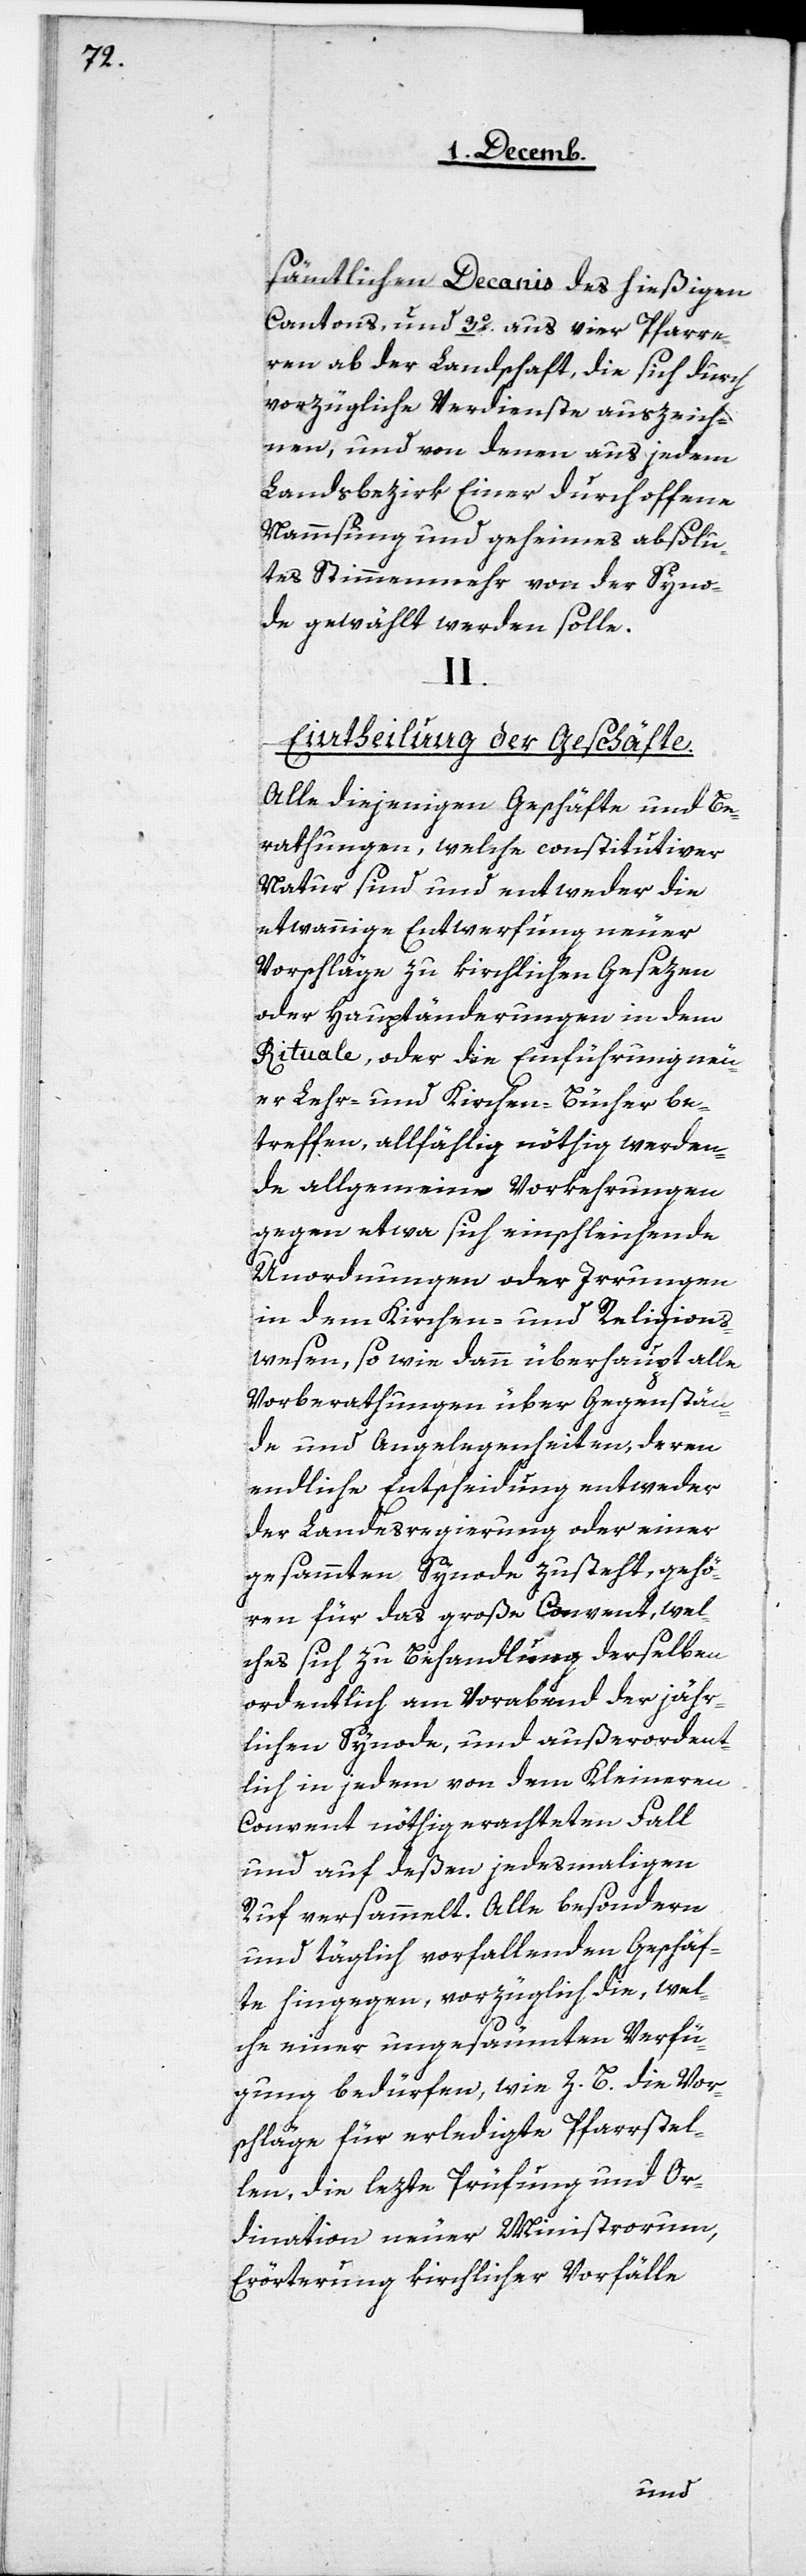
sämtlichen Decanis des hießigen
Cantons, und 3. aus vier Pfarre¬
ren ab der Landschaft, die sich durch
vorzügliche Verdienste auszeich¬
nen, und von denen aus jedem
Landsbezirk Einer durch offene
Nammsung und geheimes absolu¬
tes Stimmenmehr von der Syno¬
de gewählt werden solle.
II.
Eintheilung der Geschäfte.
Alle diejenigen Geschäfte und Be¬
rathungen, welche constitutiver
Natur sind und entweder die
etwannige Entwerfung neuer
Vorschläge zu kirchlichen Gesezen
oder Hauptänderungen in dem
Rituale, oder die Einführung neu¬
er Lehr- und Kirchen-Bücher be¬
treffen, allfählig nöthig werden¬
de allgemeine Vorkehrungen
gegen etwa sich einschleichende
Unordnungen oder Irrungen
in dem Kirchen- und Religions¬
wesen, so wie dann überhaupt alle
Vorberathungen über Gegenstän¬
de und Angelegenheiten, deren
endliche Entscheidung entweder
der Landesregierung oder einer
gesammten Synode zusteht, gehö¬
ren für das große Convent, wel¬
ches sich zu Behandlung derselben
ordentlich am Vorabend der jähr¬
lichen Synode, und außerordent¬
lich in jedem von dem Kleineren
Convent nöthig erachteten Fall
und auf deßen jedesmahligen
Ruf versammelt. Alle besondern
und täglich vorfallenden Geschäf¬
te hingegen, vorzüglich die, wel¬
che einer ungesäumten Verfü¬
gung bedürfen, wie z. B. die Vor¬
schläge für erledigte Pfarrstel¬
len, die lezte Prüfung und Or¬
dination neuer Ministrorum,
Erörterung kirchlicher Vorfälle